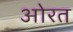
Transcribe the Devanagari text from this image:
ओरत